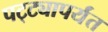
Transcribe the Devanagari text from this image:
पट्‍ट्यापर्यंत